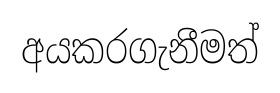
අයකරගැනීමත්